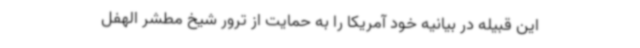
این قبیله در بیانیه خود آمریکا را به حمایت از ترور شیخ مطشر الهفل